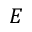
E